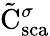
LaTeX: \tilde{\mathrm{{C}}}_{\mathrm{{sca}}}^{\sigma}